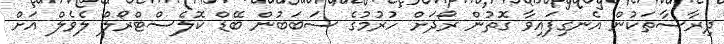
ދިރާސާތަކުން އެނގިފައިވާ ގޮތުން ރޯދަށް ހުރުމުގެ ސަބަބުން ބޭޑް ކޮލެސްޓްރޯލް ލެވެލް އަށް